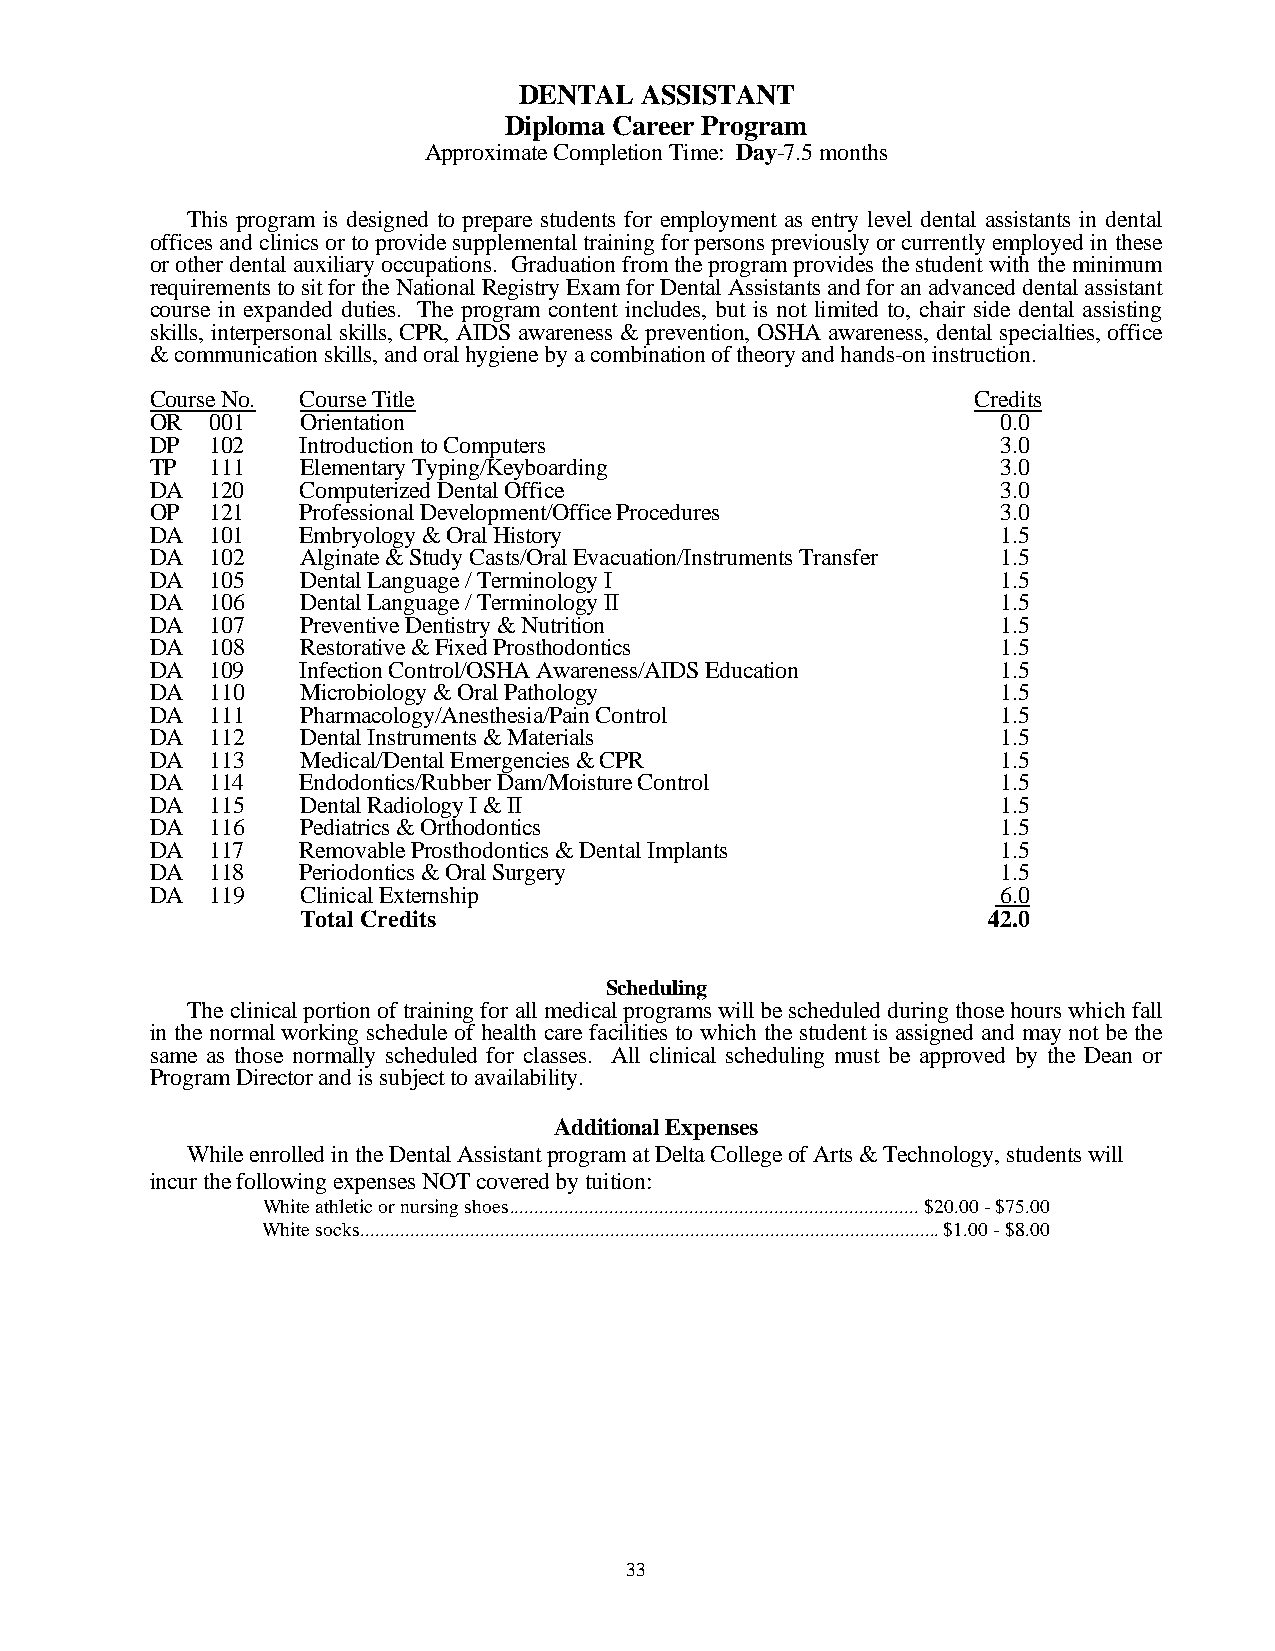
DENTAL  ASSISTANT
 Diploma Career Program
 Approximate Completion Time: Day-7.5 months
 This program is designed to prepare students for employment as entry level dental assistants in dental
 offices and clinics or to provide supplemental training for persons previously or currently employed in these
 or other dental auxiliary occupations. Graduation from the program provides the student with the minimum
 requirements to sit for the National Registry Exam for Dental Assistants and for an advanced dental assistant
 course in expanded duties. The program content includes, but is not limited to, chair side dental assisting
 skills, interpersonal skills, CPR, AIDS awareness & prevention, OSHA awareness, dental specialties, office
 & communication skills, and oral hygiene by a combination of theory and hands-on instruction.
 Course No. Course Title                                Credits
 OR  001   Orientation                                   0.0
 DP  102   Introduction to Computers                     3.0
 TP  111   Elementary Typing/Keyboarding                 3.0
 DA  120   Computerized Dental Office                    3.0
 OP  121   Professional Development/Office Procedures    3.0
 DA  101   Embryology & Oral History                     1.5
 DA  102   Alginate & Study Casts/Oral Evacuation/Instruments Transfer 1.5
 DA  105   Dental Language / Terminology I               1.5
 DA  106   Dental Language / Terminology II              1.5
 DA  107   Preventive Dentistry & Nutrition              1.5
 DA  108   Restorative & Fixed Prosthodontics            1.5
 DA  109   Infection Control/OSHA Awareness/AIDS Education 1.5
 DA  110   Microbiology & Oral Pathology                 1.5
 DA  111   Pharmacology/Anesthesia/Pain Control          1.5
 DA  112   Dental Instruments & Materials                1.5
 DA  113   Medical/Dental Emergencies & CPR              1.5
 DA  114   Endodontics/Rubber Dam/Moisture Control       1.5
 DA  115   Dental Radiology I & II                       1.5
 DA  116   Pediatrics & Orthodontics                     1.5
 DA  117   Removable Prosthodontics & Dental Implants    1.5
 DA  118   Periodontics & Oral Surgery                   1.5
 DA  119   Clinical Externship                           6.0
 Total Credits                                42.0
 Scheduling
 The clinical portion of training for all medical programs will be scheduled during those hours which fall
 in the normal working schedule of health care facilities to which the student is assigned and may not be the
 same as those normally scheduled for classes. All clinical scheduling must be approved by the Dean or
 Program Director and is subject to availability.
 Additional Expenses
 While enrolled in the Dental Assistant program at Delta College of Arts & Technology, students will
 incur the following expenses NOT covered by tuition:
 White athletic or nursing shoes .................................................................................. $20.00 - $75.00
 White socks .................................................................................................................... $1.00 - $8.00
 33